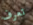
تعرف